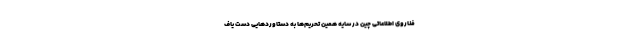
فناروی اطلاعاتی چین در سایه همین تحریم‌ها به دستاورد‌هایی دست یاف